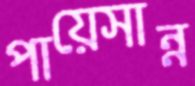
পায়েসান্ন